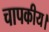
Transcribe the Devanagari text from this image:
चापकीय।